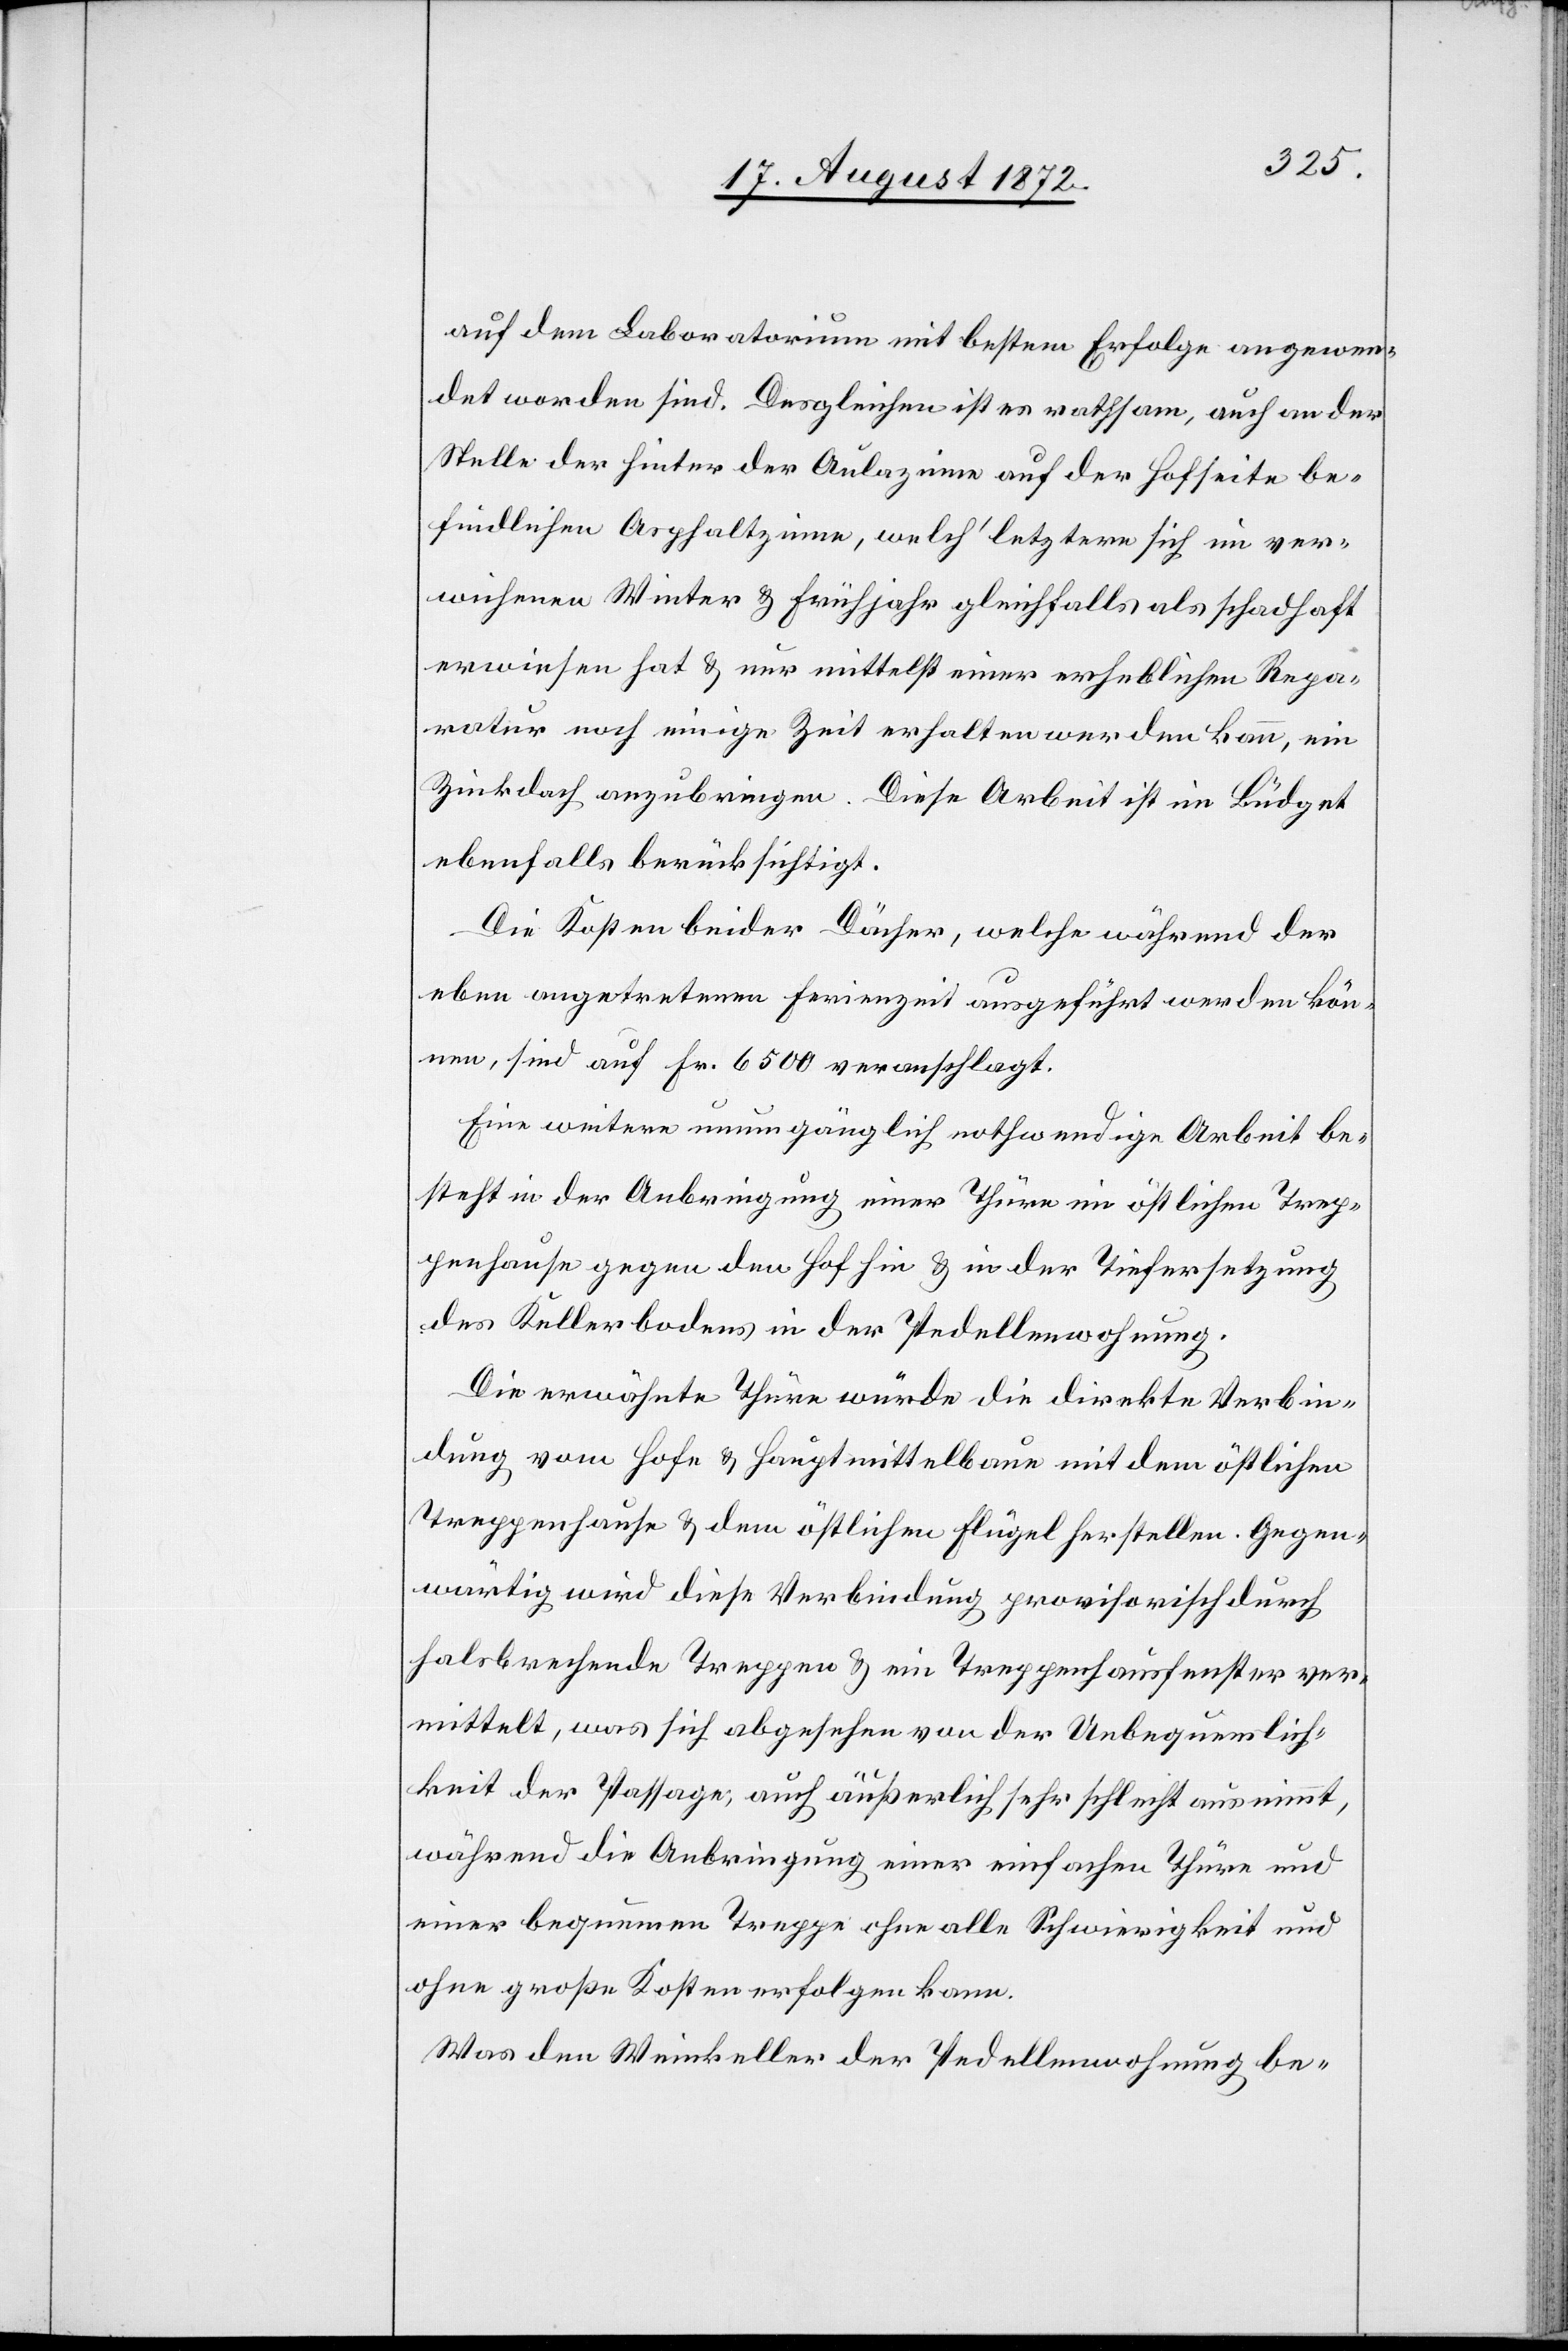
auf dem Laboratorium mit bestem Erfolge angewen¬
det worden sind. Desgleichen ist es rathsam, auch an der
Stelle der hinter der Aulazinne auf der Hofseite be¬
findlichen Asphaltzinne, welch’ letztere sich im ver¬
wichenen Winter u. Frühjahr gleichfalls als schadhaft
erwiesen hat u. nur mittelst einer erheblichen Repa¬
ratur noch einige Zeit erhalten werden kann, ein
Zinkdach anzubringen. Diese Arbeit ist im Büdget
ebenfalls berücksichtigt.
Die Kosten beider Dächer, welche während der
eben angetretenen Ferienzeit ausgeführt werden kön¬
nen, sind auf Fr. 6500 veranschlagt.
Eine weitere unumgänglich nothwendige Arbeit be¬
steht in der Anbringung einer Thüre im östlichen Trep¬
penhause gegen den Hof hin u. in der Tiefersetzung
des Kellerbodens in der Pedellenwohnung.
Die erwähnte Thüre würde die direkte Verbin¬
dung vom Hofe u. Hauptmittelbaue mit dem östlichen
Treppenhause u. dem östlichen Flügel herstellen. Gegen¬
wärtig wird diese Verbindung provisorisch durch
halsbrechende Treppen u. ein Treppenhausfenster ver¬
mittelt, was sich abgesehen von der Unbequemlich¬
keit der Passage, auch äußerlich sehr schlecht ausnimmt,
während die Anbringung einer einfachen Thüre und
einer bequemen Treppe ohne alle Schwierigkeit und
ohne große Kosten erfolgen kann.
Was den Weinkeller der Pedellenwohnung be-